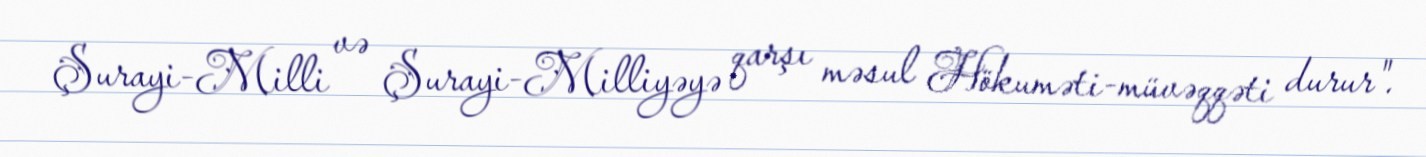
Şurayi-Milli və Şurayi-Milliyəyə qarşı məsul Hökuməti-müvəqqəti durur".